Treatise on elephants
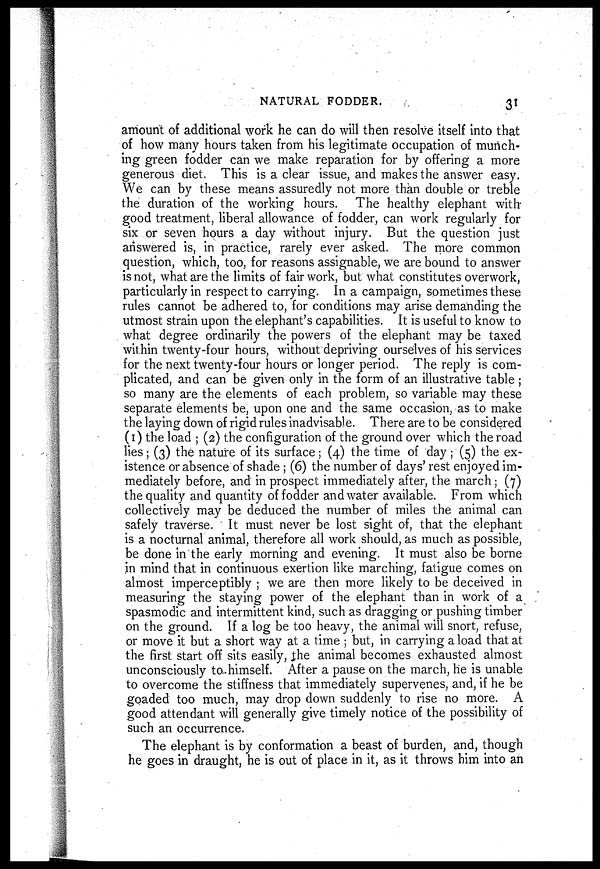
NATURAL FODDER.
31
amount of additional work he can do will then resolve itself into that
of how many hours taken from his legitimate occupation of munch-
ing green fodder can we make reparation for by offering a more
generous diet This is a clear issue, and makes the answer easy.
We can by these means assuredly not more than double or treble
the duration of the working hours. The healthy elephant with
good treatment, liberal allowance of fodder, can work regularly for
six or seven hours a day without injury. But the question just
answered is, in practice, rarely ever asked. The more common
question, which, too, for reasons assignable, we are bound to answer
is not, what are the limits of fair work, but what constitutes overwork,
particularly in respect to carrying. In a campaign, sometimes these
rules cannot be adhered to, for conditions may arise demanding the
utmost strain upon the elephant's capabilities. It is useful to know to
what degree ordinarily the powers of the elephant may be taxed
within twenty-four hours, without depriving ourselves of his services
for the next twenty-four hours or longer period. The reply is com-
plicated, and can be given only in the form of an illustrative table ;
so many are the elements of each problem, so variable may these
separate elements be, upon one and the same occasion, as to make
the laying down of rigid rules inadvisable. There are to be considered
(1) the load ; (2) the configuration of the ground over which the road
lies; (3) the nature of its surface; (4) the time of day; (5) the ex-
istence or absence of shade ; (6) the number of days' rest enjoyed im-
mediately before, and in prospect immediately after, the march; (7)
the quality and quantity of fodder and water available. From which
collectively may be deduced the number of miles the animal can
safely traverse. It must never be lost sight of, that the elephant
is a nocturnal animal, therefore all work should, as much as possible,
be done in the early morning and evening. It must also be borne
in mind that in continuous exertion like marching, fatigue comes on
almost imperceptibly ; we are then more likely to be deceived in
measuring the staying power of the elephant than in work of a
spasmodic and intermittent kind, such as dragging or pushing timber
on the ground. If a log be too heavy, the animal will snort, refuse,
or move it but a short way at a time ; but, in carrying a load that at
the first start off sits easily, the animal becomes exhausted almost
unconsciously to himself. After a pause on the march, he is unable
to overcome the stiffness that immediately supervenes, and, if he be
goaded too much, may drop down suddenly to rise no more. A
good attendant will generally give timely notice of the possibility of
such an occurrence.
The elephant is by conformation a beast of burden, and, though
he goes in draught, he is out of place in it, as it throws him into an